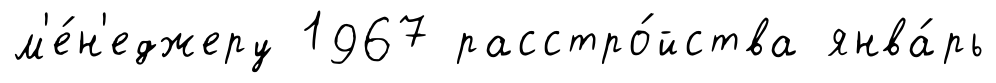
м'е́н'еджеру 1967 расстро́йства янва́рь